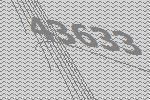
43633